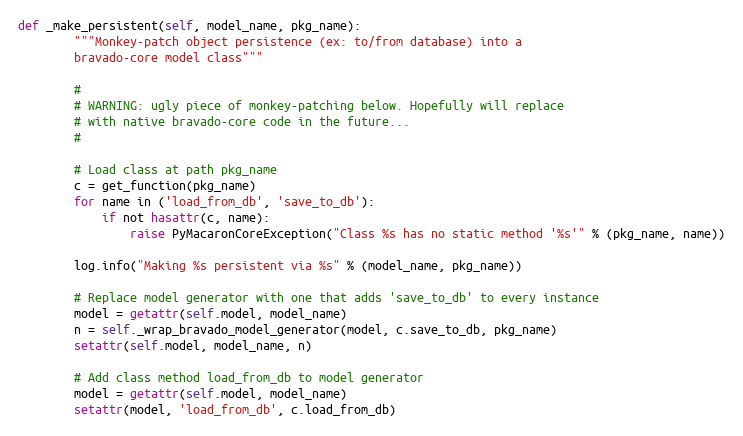
Language: Python
def _make_persistent(self, model_name, pkg_name):
        """Monkey-patch object persistence (ex: to/from database) into a
        bravado-core model class"""

        #
        # WARNING: ugly piece of monkey-patching below. Hopefully will replace
        # with native bravado-core code in the future...
        #

        # Load class at path pkg_name
        c = get_function(pkg_name)
        for name in ('load_from_db', 'save_to_db'):
            if not hasattr(c, name):
                raise PyMacaronCoreException("Class %s has no static method '%s'" % (pkg_name, name))

        log.info("Making %s persistent via %s" % (model_name, pkg_name))

        # Replace model generator with one that adds 'save_to_db' to every instance
        model = getattr(self.model, model_name)
        n = self._wrap_bravado_model_generator(model, c.save_to_db, pkg_name)
        setattr(self.model, model_name, n)

        # Add class method load_from_db to model generator
        model = getattr(self.model, model_name)
        setattr(model, 'load_from_db', c.load_from_db)